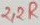
Text: 2.2R